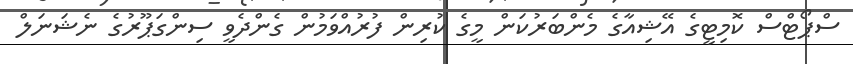
ސްޕޯޓްސް ކޮމިޓީގެ އޭޝިއާގެ މެންބަރުކަން މީގެ ކުރިން ފުރުއްވަމުން ގެންދެވީ ސިންގަޕޫރުގެ ނެޝަނަލް